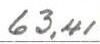
63,41